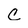
Character: C